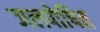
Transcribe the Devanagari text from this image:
जलपोषित